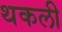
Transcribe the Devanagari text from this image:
थकली